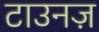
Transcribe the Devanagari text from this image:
टाउनज़